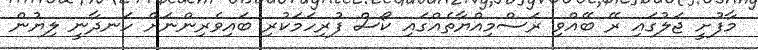
މާފުށީ ޖަލުގައި ރޭ ބޭއްވި ރަސްމިއްޔާތެއްގައި ކޯސް ފުރިހަމަކުރި ބައިވެރިންނަށް ހަނދާނީ ލިޔުން